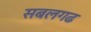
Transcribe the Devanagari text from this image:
सबलगढ